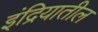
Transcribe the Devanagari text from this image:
इंद्रियातील